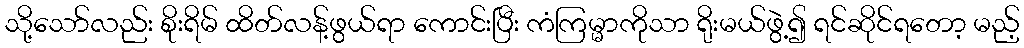
သို့သော်လည်း စိုးရိမ် ထိတ်လန့်ဖွယ်ရာ ကောင်းပြီး ကံကြမ္မာကိုသာ ရိုးမယ်ဖွဲ့၍ ရင်ဆိုင်ရတော့ မည့်